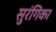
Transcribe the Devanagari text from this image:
सुरंगिका